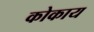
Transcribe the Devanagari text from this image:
कोकाय